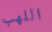
اللهب